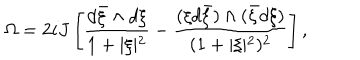
LaTeX: \Omega = 2 i J \left[ \frac { d { \bar { \xi } } \wedge d \xi } { 1 + \vert \xi \vert ^ { 2 } } - \frac { ( \xi d { \bar { \xi } } ) \wedge ( { \bar { \xi } } d \xi ) } { ( 1 + \vert \xi \vert ^ { 2 } ) ^ { 2 } } \right] ,